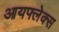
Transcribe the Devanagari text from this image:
आयफ्लेक्स